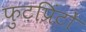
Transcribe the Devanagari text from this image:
फुटप्रिंटों